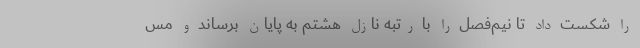
را شکست داد تا نیم‌فصل را با رتبه نازل هشتم به پایان برساند و مس